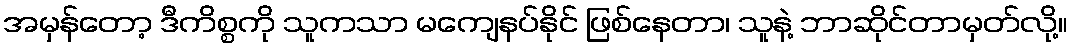
အမှန်တော့ ဒီကိစ္စကို သူကသာ မကျေနပ်နိုင် ဖြစ်နေတာ၊ သူနဲ့ ဘာဆိုင်တာမှတ်လို့။